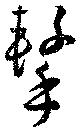
撃